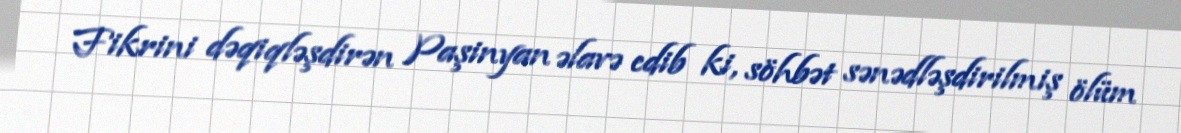
Fikrini dəqiqləşdirən Paşinyan əlavə edib ki, söhbət sənədləşdirilmiş ölüm